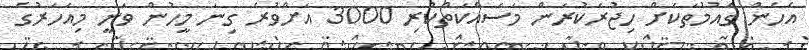
އެހެން ގައުމުތަކަށް ހިޖުރަކުރަން މަސައްކަތްކުރި 3000 އަށްވުރެ ގިނަ މީހުން ވަނީ މިއަހަރުގެ